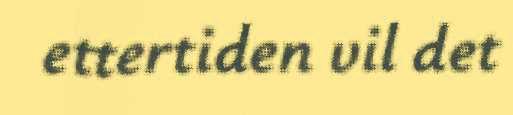
ettertiden vil det